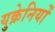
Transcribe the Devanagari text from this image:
युक्रेनियों